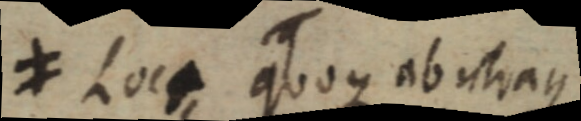
≠ Loci quoque ab utraque